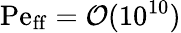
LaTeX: \mathrm{Pe_{ff}}=\mathcal{O}(10^{10})